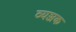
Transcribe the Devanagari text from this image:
व्यञ्जक